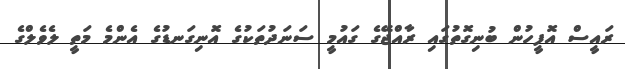
ރައީސް އޮފީހުން ބުނިގޮތުގައި ރާއްޖޭގެ ގައުމީ ސަނަދުތަކުގެ އޮނިގަނޑުގެ އެންމެ މަތީ ލެވެލްގެ